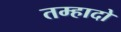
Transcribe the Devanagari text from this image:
तम्हादो